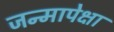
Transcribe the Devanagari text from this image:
जन्मापेक्षा